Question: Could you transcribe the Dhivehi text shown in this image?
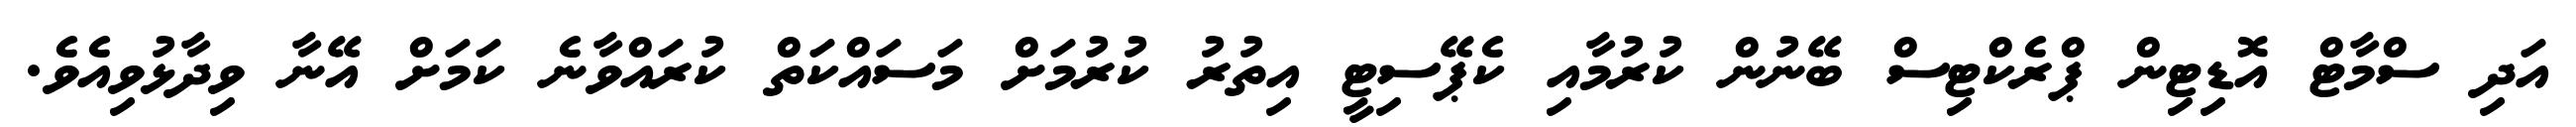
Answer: އަދި ސްމާޓް އޮޑިޓިން ޕްރެކްޓިސް ބޭނުން ކުރުމާއި ކެޕޭސިޓީ އިތުރު ކުރުމަށް މަސައްކަތް ކުރައްވާނެ ކަމަށް އޭނާ ވިދާޅުވިއެވެ.